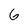
Character: G